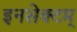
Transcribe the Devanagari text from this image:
इनसेक्टम्‌